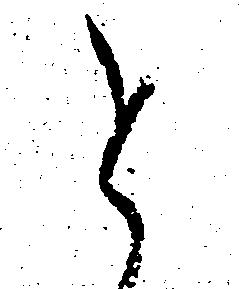
と